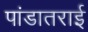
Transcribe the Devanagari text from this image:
पांडातराई